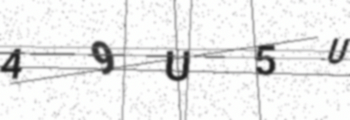
Text: 49U5U